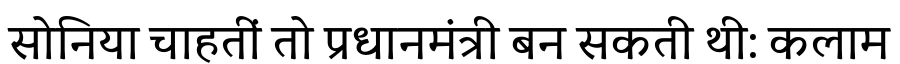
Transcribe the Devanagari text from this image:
सोनिया चाहतीं तो प्रधानमंत्री बन सकती थी: कलाम